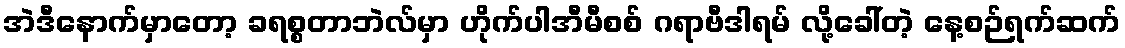
အဲဒီနောက်မှာတော့ ခရစ္စတာဘဲလ်မှာ ဟိုက်ပါအီမီစစ် ဂရာဗီဒါရမ် လို့ခေါ်တဲ့ နေ့စဉ်ရက်ဆက်